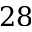
2 8